Annual administration report of the Civil Veterinary Department of India - 1896-1897
Year: 1896
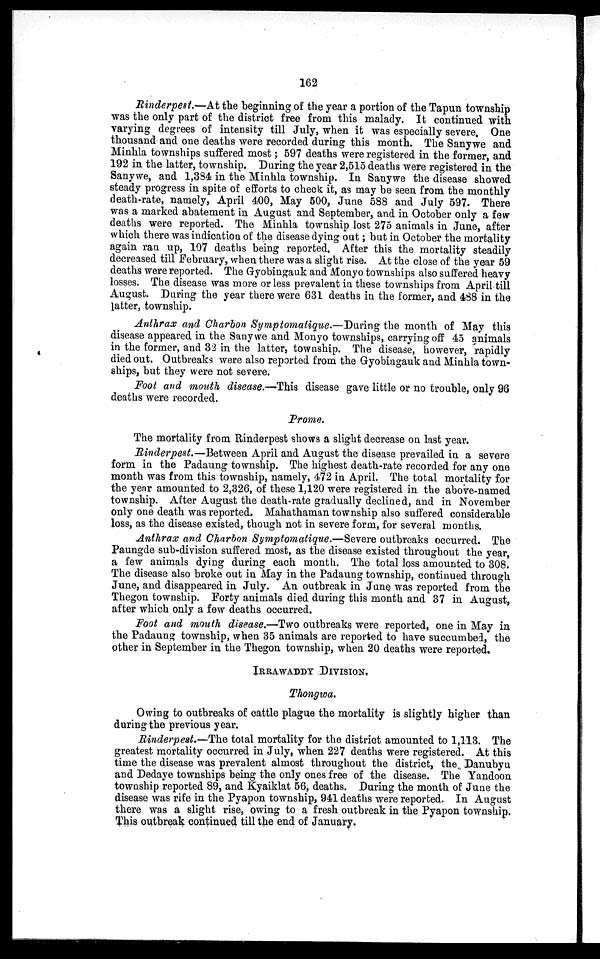
162
Rinderpest.—At the beginning of the year a portion of the Tapun township
was the only part of the district free from this malady. It continued with
varying degrees of intensity till July, when it was especially severe. One
thousand and one deaths were recorded during this month. The Sanywe and
Minhla townships suffered most; 597 deaths were registered in the former, and
192 in the latter, township. During the year 2,515 deaths were registered in the
Sanywe, and 1,384 in the Minhla township. In Sanywe the disease showed
steady progress in spite of efforts to check it, as may be seen from the monthly
death-rate, namely, April 400, May 500, June 588 and July 597. There
was a marked abatement in August and September, and in October only a few
deaths were reported. The Minhla township lost 275 animals in June, after
which there was indication of the disease dying out; but in October the mortality
again ran up, 107 deaths being reported. After this the mortality steadily
decreased till February, when there was a slight rise. At the close of the year 59
deaths were reported. The Gyobingauk and Monyo townships also suffered heavy
losses. The disease was more or less prevalent in these townships from April till
August. During the year there were 631 deaths in the former, and 488 in the
latter, township.
Anthrax and Charbon Symptomatique.—During the month of May this
disease appeared in the Sanywe and Monyo townships, carrying off 45 animals
in the former, and 32 in the latter, township. The disease, however, rapidly
died out. Outbreaks were also reported from the Gyobingauk and Minhla town-
ships, but they were not severe.
Foot and mouth disease.—This disease gave little or no trouble, only 96
deaths were recorded.
Prome.
The mortality from Rinderpest shows a slight decrease on last year.
Rinderpest.—Between April and August the disease prevailed in a severe
form in the Padaung township. The highest death-rate recorded for any one
month was from this township, namely, 472 in April. The total mortality for
the year amounted to 2,326, of these 1,120 were registered in the above-named
township. After August the death rate gradually declined, and in November
only one death was reported. Mahathaman township also suffered considerable
loss, as the disease existed, though not in severe form, for several months.
Anthrax and Charbon Symptomatique.—Severe outbreaks occurred. The
Paungde sub-division suffered most, as the disease existed throughout the year,
a few animals dying during each month. The total loss amounted to 308.
The disease also broke out in May in the Padaung township, continued through
June, and disappeared in July. An outbreak in June was reported from the
Thegon township. Forty animals died during this month and 37 in August,
after which only a few deaths occurred.
Foot and mouth disease.—Two outbreaks were reported, one in May in
the Padaung township, when 35 animals are reported to have succumbed, the
other in September in the Thegon township, when 20 deaths were reported.
IRRAWADDY DIVISION.
Thongwa.
Owing to outbreaks of cattle plague the mortality is slightly higher than
during the previous year.
Rinderpest.—The total mortality for the district amounted to 1,113. The
greatest mortality occurred in July, when 227 deaths were registered. At this
time the disease was prevalent almost throughout the district, the Danubyu
and Dedaye townships being the only ones free of the disease. The Yandoon
township reported 89, and Kyaiklat 56, deaths. During the month of June the
disease was rife in the Pyapon township, 941 deaths were reported. In August
there was a slight rise, owing to a fresh outbreak in the Pyapon township.
This outbreak continued till the end of January.